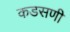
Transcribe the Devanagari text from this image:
कडसणी